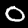
Digit: 0